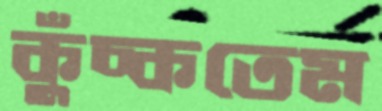
কুঁচ্‌কতেম